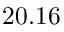
2 0 . 1 6